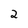
Character: 2